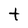
Character: t